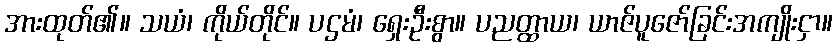
အားထုတ်၏။ သယံ၊ ကိုယ်တိုင်။ ပဌမံ၊ ရှေးဦးစွာ။ ပညတ္ထာယ၊ ယာဇ်ပူဇော်ခြင်းအကျိုးငှာ။